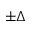
\pm \Delta